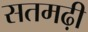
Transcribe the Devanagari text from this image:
सतमढ़ी